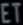
Transcribetheimage